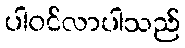
ပါဝင်လာပါသည်